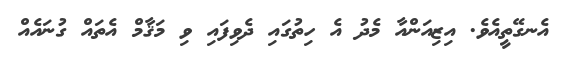
އެނގޭތީއެވެ. އިޒިއަންއާ މެދު އެ ހިތުގައި ދެވިފައި ވި މަޤާމް އެތައް ގުނައެއް